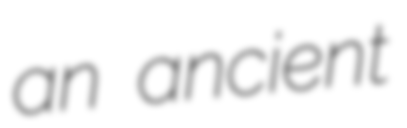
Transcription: an ancient